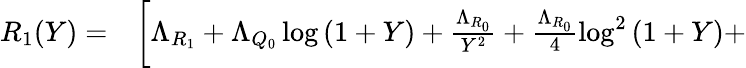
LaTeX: \begin{array}{rl}{R_{1}(Y)=}&{{}\bigg[\Lambda_{R_{1}}+\Lambda_{Q_{0}}\log{(1+Y)}+\frac{\Lambda_{R_{0}}}{Y^{2}}+\frac{\Lambda_{R_{0}}}{4}\log^{2}{(1+Y)}+}\end{array}